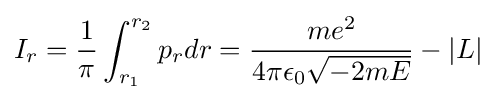
I_{r}={\frac {1}{\pi }}\int _{r_{1}}^{r_{2}}p_{r}dr={\frac {me^{2}}{4\pi \epsilon _{0}{\sqrt {-2mE}}}}-|L|